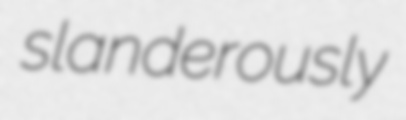
slanderously